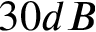
3 0 d B